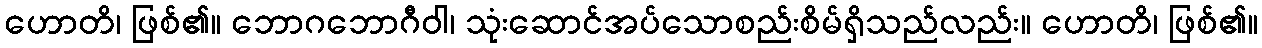
ဟောတိ၊ ဖြစ်၏။ ဘောဂဘောဂီဝါ၊ သုံးဆောင်အပ်သောစည်းစိမ်ရှိသည်လည်း။ ဟောတိ၊ ဖြစ်၏။